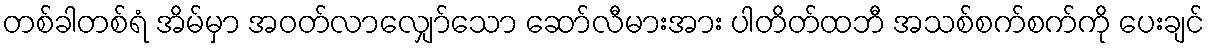
တစ်ခါတစ်ရံ အိမ်မှာ အဝတ်လာလျှော်သော ဆော်လီမားအား ပါတိတ်ထဘီ အသစ်စက်စက်ကို ပေးချင်